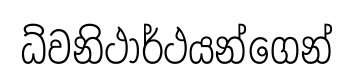
ධ්වනිථාර්ථයන්ගෙන්